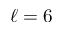
\ell = 6